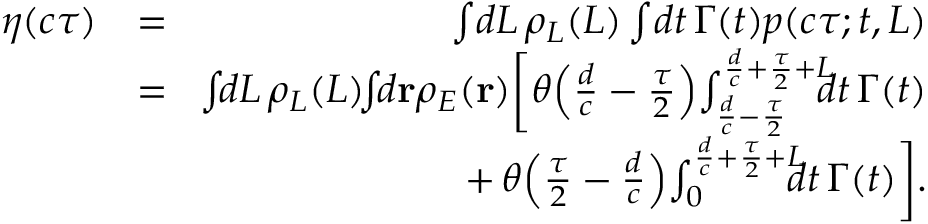
\begin{array} { r l r } { \eta ( c \tau ) } & { = } & { \int \! d L \, \rho _ { L } ( L ) \int \! d t \, \Gamma ( t ) p ( c \tau ; t , L ) } \\ & { = } & { \! \int \! \! d L \, \rho _ { L } ( L ) \! \! \int \! \! d \mathbf { r } \rho _ { E } ( \mathbf { r } ) \bigg [ \theta \! \left( \frac { d } { c } - \frac { \tau } { 2 } \right) \! \int _ { \frac { d } { c } - \frac { \tau } { 2 } } ^ { \frac { d } { c } + \frac { \tau } { 2 } + L } \! \! \! \! d t \, \Gamma ( t ) } \\ & { } & { + \, \theta \! \left( \frac { \tau } { 2 } - \frac { d } { c } \right) \! \int _ { 0 } ^ { \frac { d } { c } + \frac { \tau } { 2 } + L } \! \! \! \! d t \, \Gamma ( t ) \bigg ] . } \end{array}